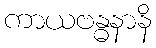
ကာယဗန္ဓနာနိ